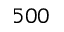
5 0 0